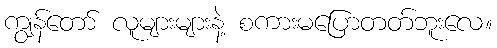
ကျွန်တော် လူများများနဲ့ စကားမပြောတတ်ဘူးလေ။